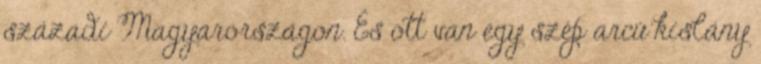
századi Magyarországon. És ott van egy szép arcú kislány